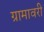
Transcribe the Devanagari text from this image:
ग्रामावरी